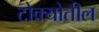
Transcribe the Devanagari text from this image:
टोक्योतील